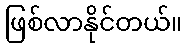
ဖြစ်လာနိုင်တယ်။